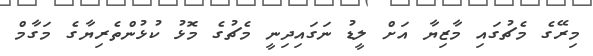
މިރޭގެ މެޗުގައި މާޒިޔާ އަށް ލީޑު ނަގައިދިނީ މެޗުގެ މޮޅު ކުޅުންތެރިޔާގެ މަގާމް